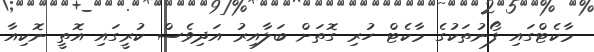
މާކެޓްގައި ފޯނުތަކުގެ މާކެޓް ހުރި ގޮތަށް ބަލާއިރު އަދިވެސް ކުރީގައި އޮތީ ނޮކިއާ